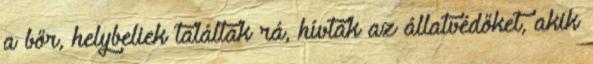
a bőr, helybeliek találtak rá, hívták az állatvédőket, akik